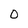
Character: 0